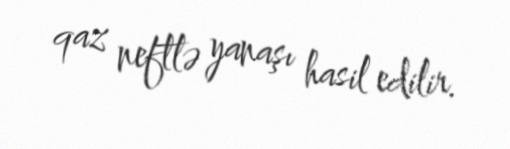
qaz neftlə yanaşı hasil edilir.